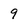
Character: 9